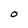
Character: O